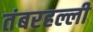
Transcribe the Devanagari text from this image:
तंबरहल्ली